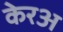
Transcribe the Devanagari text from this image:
केरअ